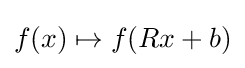
f(x)\mapsto f(Rx+b)